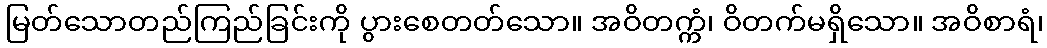
မြတ်သောတည်ကြည်ခြင်းကို ပွားစေတတ်သော။ အဝိတက္ကံ၊ ဝိတက်မရှိသော။ အဝိစာရံ၊